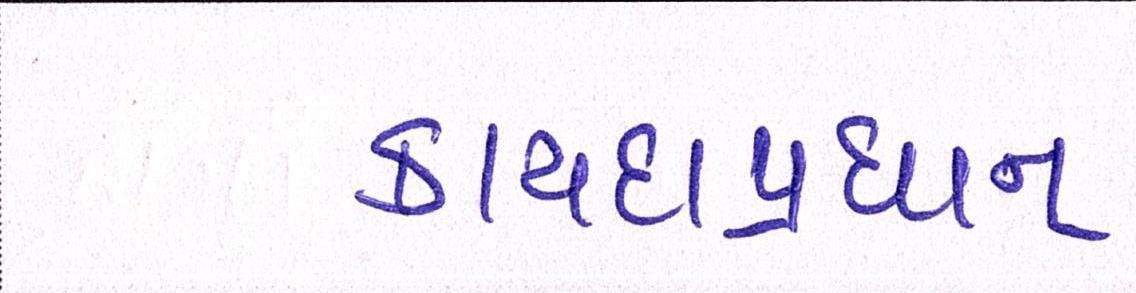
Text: કાયદાપ્રધાન